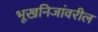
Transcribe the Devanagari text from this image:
भूखनिजांवरील